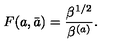
F ( a , \bar { a } ) = { \frac { \beta ^ { 1 / 2 } } { \beta ^ { ( a ) } } } .